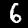
Digit: 6